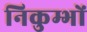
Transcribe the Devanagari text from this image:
निकुम्भों